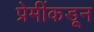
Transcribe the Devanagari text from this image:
प्रेमींकडून